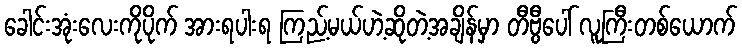
ခေါင်းအုံးလေးကိုပိုက် အားရပါးရ ကြည့်မယ်ဟဲ့ဆိုတဲ့အချိန်မှာ တီဗွီပေါ် လူကြီးတစ်ယောက်